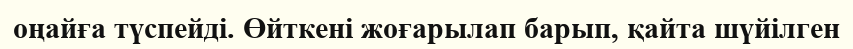
оңайға түспейді. Өйткені жоғарылап барып, қайта шүйілген